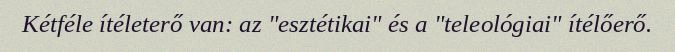
Kétféle ítéleterő van: az "esztétikai" és a "teleológiai" ítélőerő.